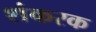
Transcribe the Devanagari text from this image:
शंकरक